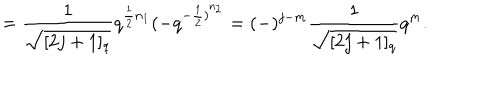
LaTeX: = \frac { 1 } { \sqrt { [ 2 j + 1 ] _ { q } } } q ^ { \frac { 1 } { 2 } n _ { 1 } } ( - q ^ { { - \frac { 1 } { 2 } ) } ^ { n _ { 2 } } } = ( - ) ^ { j - m } \frac { 1 } { \sqrt { [ 2 j + 1 ] _ { q } } } q ^ { m } .